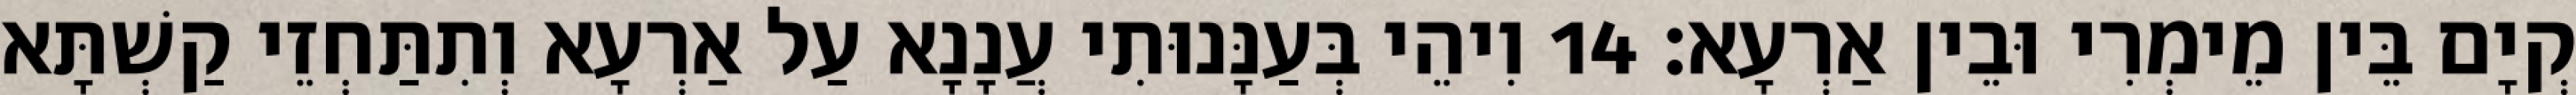
קְיָם בֵּין מֵימְרִי וּבֵין אַרְעָא׃ 14 וִיהֵי בְּעַנָּנוּתִי עֲנָנָא עַל אַרְעָא וְתִתַּחְזֵי קַשְׁתָּא